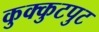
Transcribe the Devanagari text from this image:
कुक्कुटपुट